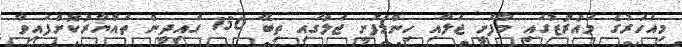
މިއަހަރުގެ މައުރުޒުގައި މާފުށީ ޖަލާއި ހިންމަފުށީ ޖަލުގައި ތިބޭ 150 ގައިދީން ތައްޔާރުކޮށްފައިވާ